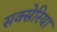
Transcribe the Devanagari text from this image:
सक्सेरिया